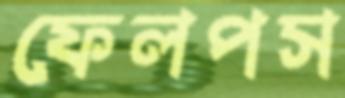
ফেলপস